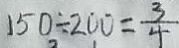
1 5 0 \div 2 0 0 = \frac { 3 } { 4 }